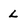
Character: L